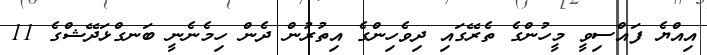
އިއްޔެ ފައްސިވީ މީހުންގެ ތެރޭގައި ދިވެހިންގެ އިތުރުން ދެން ހިމެނެނީ ބަނގްޅަދޭޝްގެ 11